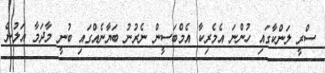
ސްރީ ލަންކާގައި ހުންނަ އެމެރިކާ އެމްބަސީން ނެރުނު ބަޔާނެއްގައި ބުނީ މާދަމާ އަލުން